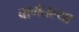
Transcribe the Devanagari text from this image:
बागेतल्या